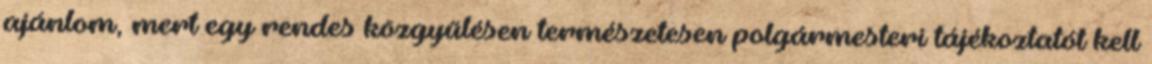
ajánlom, mert egy rendes közgyűlésen természetesen polgármesteri tájékoztatót kell